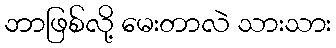
ဘာဖြစ်လို့ မေးတာလဲ သားသား